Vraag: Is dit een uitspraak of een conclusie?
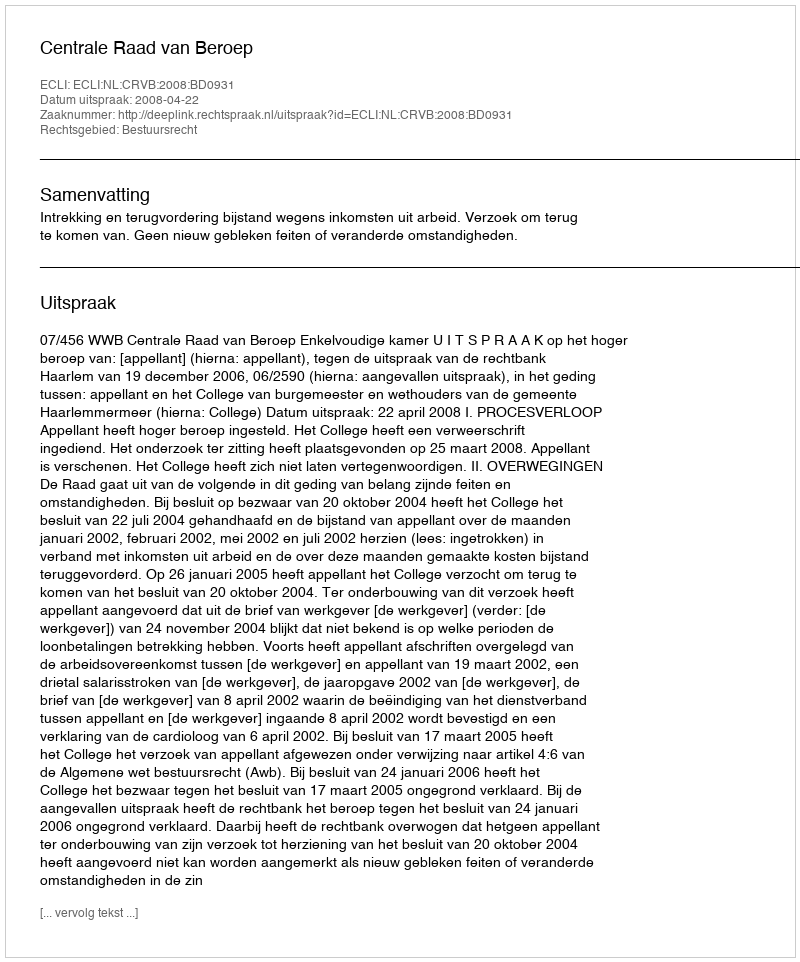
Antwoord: Uitspraak